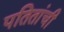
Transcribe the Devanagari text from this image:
पतितांची